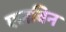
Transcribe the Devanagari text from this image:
एलविन